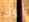
روك